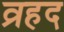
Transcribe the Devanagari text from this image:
व्रहद